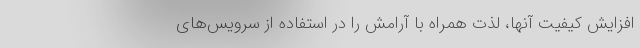
افزایش کیفیت آنها، لذت همراه با آرامش را در استفاده از سرویس‌های